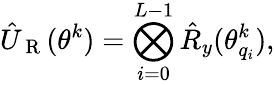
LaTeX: \hat{U}_{\mathrm{~R~}}(\theta^{k})=\bigotimes_{i=0}^{L-1}\hat{R}_{y}(\theta_{q_{i}}^{k}),